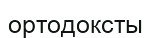
ортодоксты